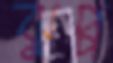
ঝুপ্প